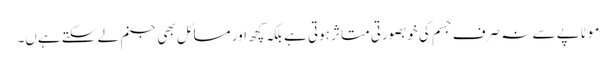
موٹاپے سے نہ صرف جسم کی خوبصورتی متاثر ہوتی ہے بلکہ کچھ اور مسائل بھی جنم لے سکتے ہےں۔